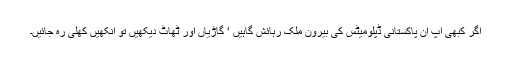
اگر کبھی آپ ان پاکستانی ڈپلومیٹس کی بیرون ملک رہائش گاہیں ‘ گاڑیاں اور ٹھاٹ دیکھیں تو آنکھیں کھلی رہ جائیں۔